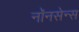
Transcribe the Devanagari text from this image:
नॉनसेन्स